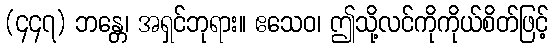
(၄၄၇) ဘန္တေ၊ အရှင်ဘုရား။ ဧသေဝ၊ ဤသို့လင်ကိုကိုယ်စိတ်ဖြင့်